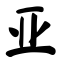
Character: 亚